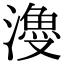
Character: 𣿡